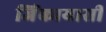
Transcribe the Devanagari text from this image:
जिंकायासी